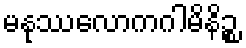
မနုဿလောကဂါမိနိဉ္စ